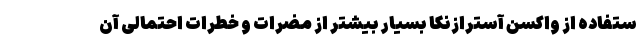
ستفاده از واکسن آسترازنکا بسیار بیشتر از مضرات و خطرات احتمالی آن